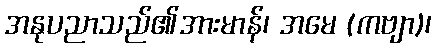
အနုပညာသည်၏အားမာန်၊ အမေ (ကဗျာ)၊